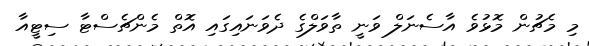
މި މެޗުން މޮޅުވެ އާސެނަލް ވަނީ ތާވަލްގެ ދެވަނައިގައި އޮތް މެންޗެސްޓާ ސިޓީއާ